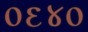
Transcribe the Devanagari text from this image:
०६४०